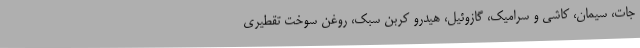
جات، سیمان، کاشی و سرامیک، گازوئیل، هیدرو کربن سبک، روغن سوخت تقطیری